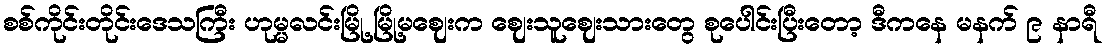
စစ်ကိုင်းတိုင်းဒေသကြီး ဟုမ္မလင်းမြို့ မြို့မဈေးက ဈေးသူဈေးသားတွေ စုပေါင်းပြီးတော့ ဒီကနေ မနက် ၉ နာရီ